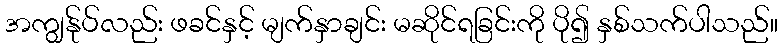
အကျွန်ုပ်လည်း ဖခင်နှင့် မျက်နှာချင်း မဆိုင်ရခြင်းကို ပို၍ နှစ်သက်ပါသည်။